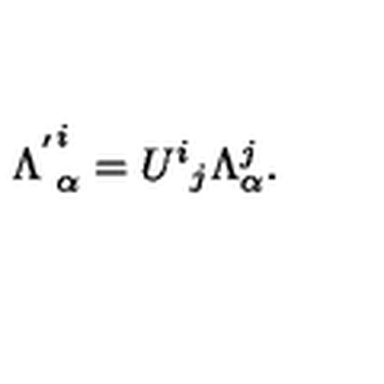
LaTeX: { \Lambda ^ { ' } } _ { \alpha } ^ { i } = { U ^ { i } } _ { j } \Lambda _ { \alpha } ^ { j } .